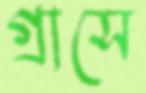
গ্রাসে